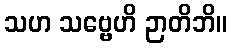
သဟ သဗ္ဗေဟိ ဉာတိဘိ။